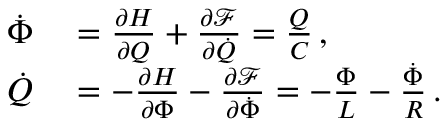
\begin{array} { r l } { \dot { \Phi } } & { { } = \frac { \partial H } { \partial Q } + \frac { \partial \mathcal { F } } { \partial \dot { Q } } = \frac { Q } { C } \, , } \\ { \dot { Q } } & { { } = - \frac { \partial H } { \partial \Phi } - \frac { \partial \mathcal { F } } { \partial \dot { \Phi } } = - \frac { \Phi } { L } - \frac { \dot { \Phi } } { R } \, . } \end{array}